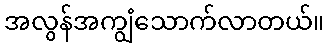
အလွန်အကျွံသောက်လာတယ်။